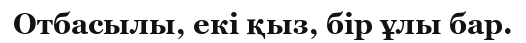
Отбасылы, екі қыз, бір ұлы бар.